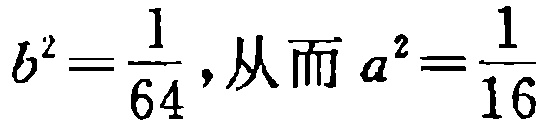
\(b^{2}=\frac{1}{64},\ 从而\ a^{2}=\frac{1}{16}\)